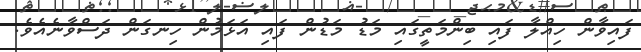
ފައިވާން ހިއްލާ ފައި ބިންމަތީގައި މަޑު މަޑުން ފައި އަޅަމުން ހިނގަން ދަސްވާނެއެވެ.